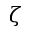
\zeta